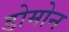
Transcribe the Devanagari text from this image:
डोमोन